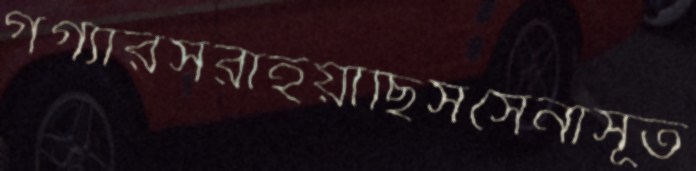
গগ্যাঁরসরাইয়াছিসসেনাসূত